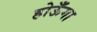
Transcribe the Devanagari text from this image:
होऊँगा